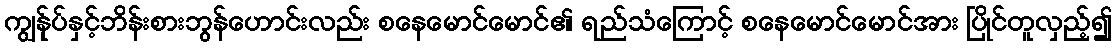
ကျွန်ုပ်နှင့်ဘိန်းစားဘွန်ဟောင်းလည်း စနေမောင်မောင်၏ ရည်သံကြောင့် စနေမောင်မောင်အား ပြိုင်တူလှည့်၍